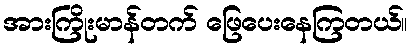
အားကြိုးမာန်တက် ဖြေပေးနေကြတယ်။